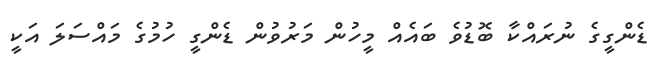
ޑެންގީގެ ނުރައްކާ ބޮޑުވެ ބައެއް މީހުން މަރުވުން ޑެންގީ ހުމުގެ މައްސަލަ އަކީ